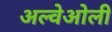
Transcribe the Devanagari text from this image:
अल्वेओली